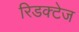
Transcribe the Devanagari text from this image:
रिडक्टेज